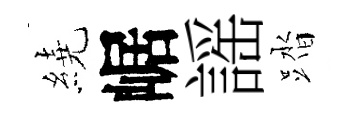
繞崌謡踏